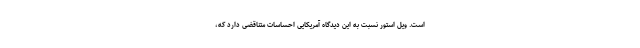
است. ویل استور نسبت به این دیدگاه آمریکایی احساسات متناقضی دارد که،